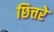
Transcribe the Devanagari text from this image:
छित्तरे